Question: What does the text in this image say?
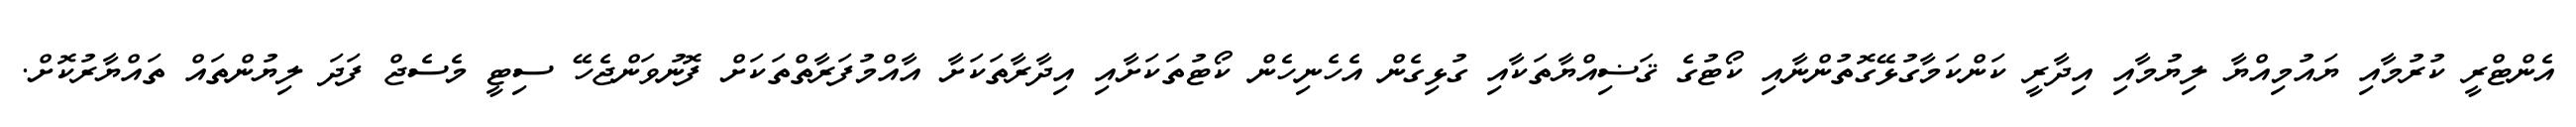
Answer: އެންޓްރީ ކުރުމާއި ޔައުމިއްޔާ ލިޔުމާއި އިދާރީ ކަންކަމާގުޅޭގޮތުންނާއި ކޯޓުގެ ޤަޟިއްޔާތަކާއި ގުޅިގެން އެހެނިހެން ކޯޓުތަކަށާއި އިދާރާތަކަށާ އާއްމުފަރާތްތަކަށް ފޮނުވަންޖެހޭ ސިޓީ މެސެޖް ފަދަ ލިޔުންތައް ތައްޔާރުކޮށް.